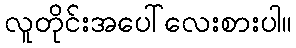
လူတိုင်းအပေါ်လေးစားပါ။